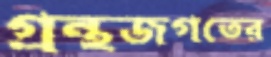
গ্রন্থজগতের